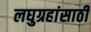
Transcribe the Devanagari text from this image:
लघुग्रहांसाठी